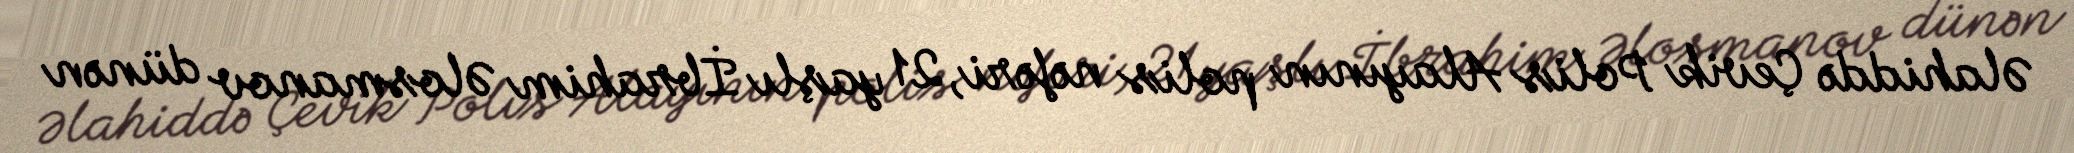
Əlahiddə Çevik Polis Alayının polis nəfəri, 21 yaşlı İbrahim Əlosmanov dünən